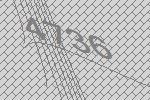
4736